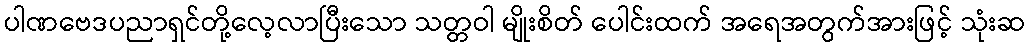
ပါဏဗေဒပညာရှင်တို့လေ့လာပြီးသော သတ္တဝါ မျိုးစိတ် ပေါင်းထက် အရေအတွက်အားဖြင့် သုံးဆ